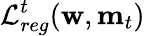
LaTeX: \mathcal{L}_{reg}^{t}(\mathbf{w},\mathbf{m}_{t})